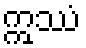
ဣဿံ